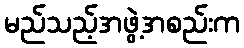
မည်သည့်အဖွဲ့အစည်းက